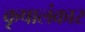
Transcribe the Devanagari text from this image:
कृषालंकार